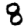
Digit: 8